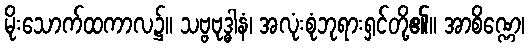
မိုးသောက်ထကာလ၌။ သဗ္ဗဗုဒ္ဓါနံ၊ အလုံးစုံဘုရားရှင်တို့၏။ အာစိဏ္ဏေ၊